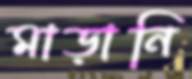
মাড়ানি